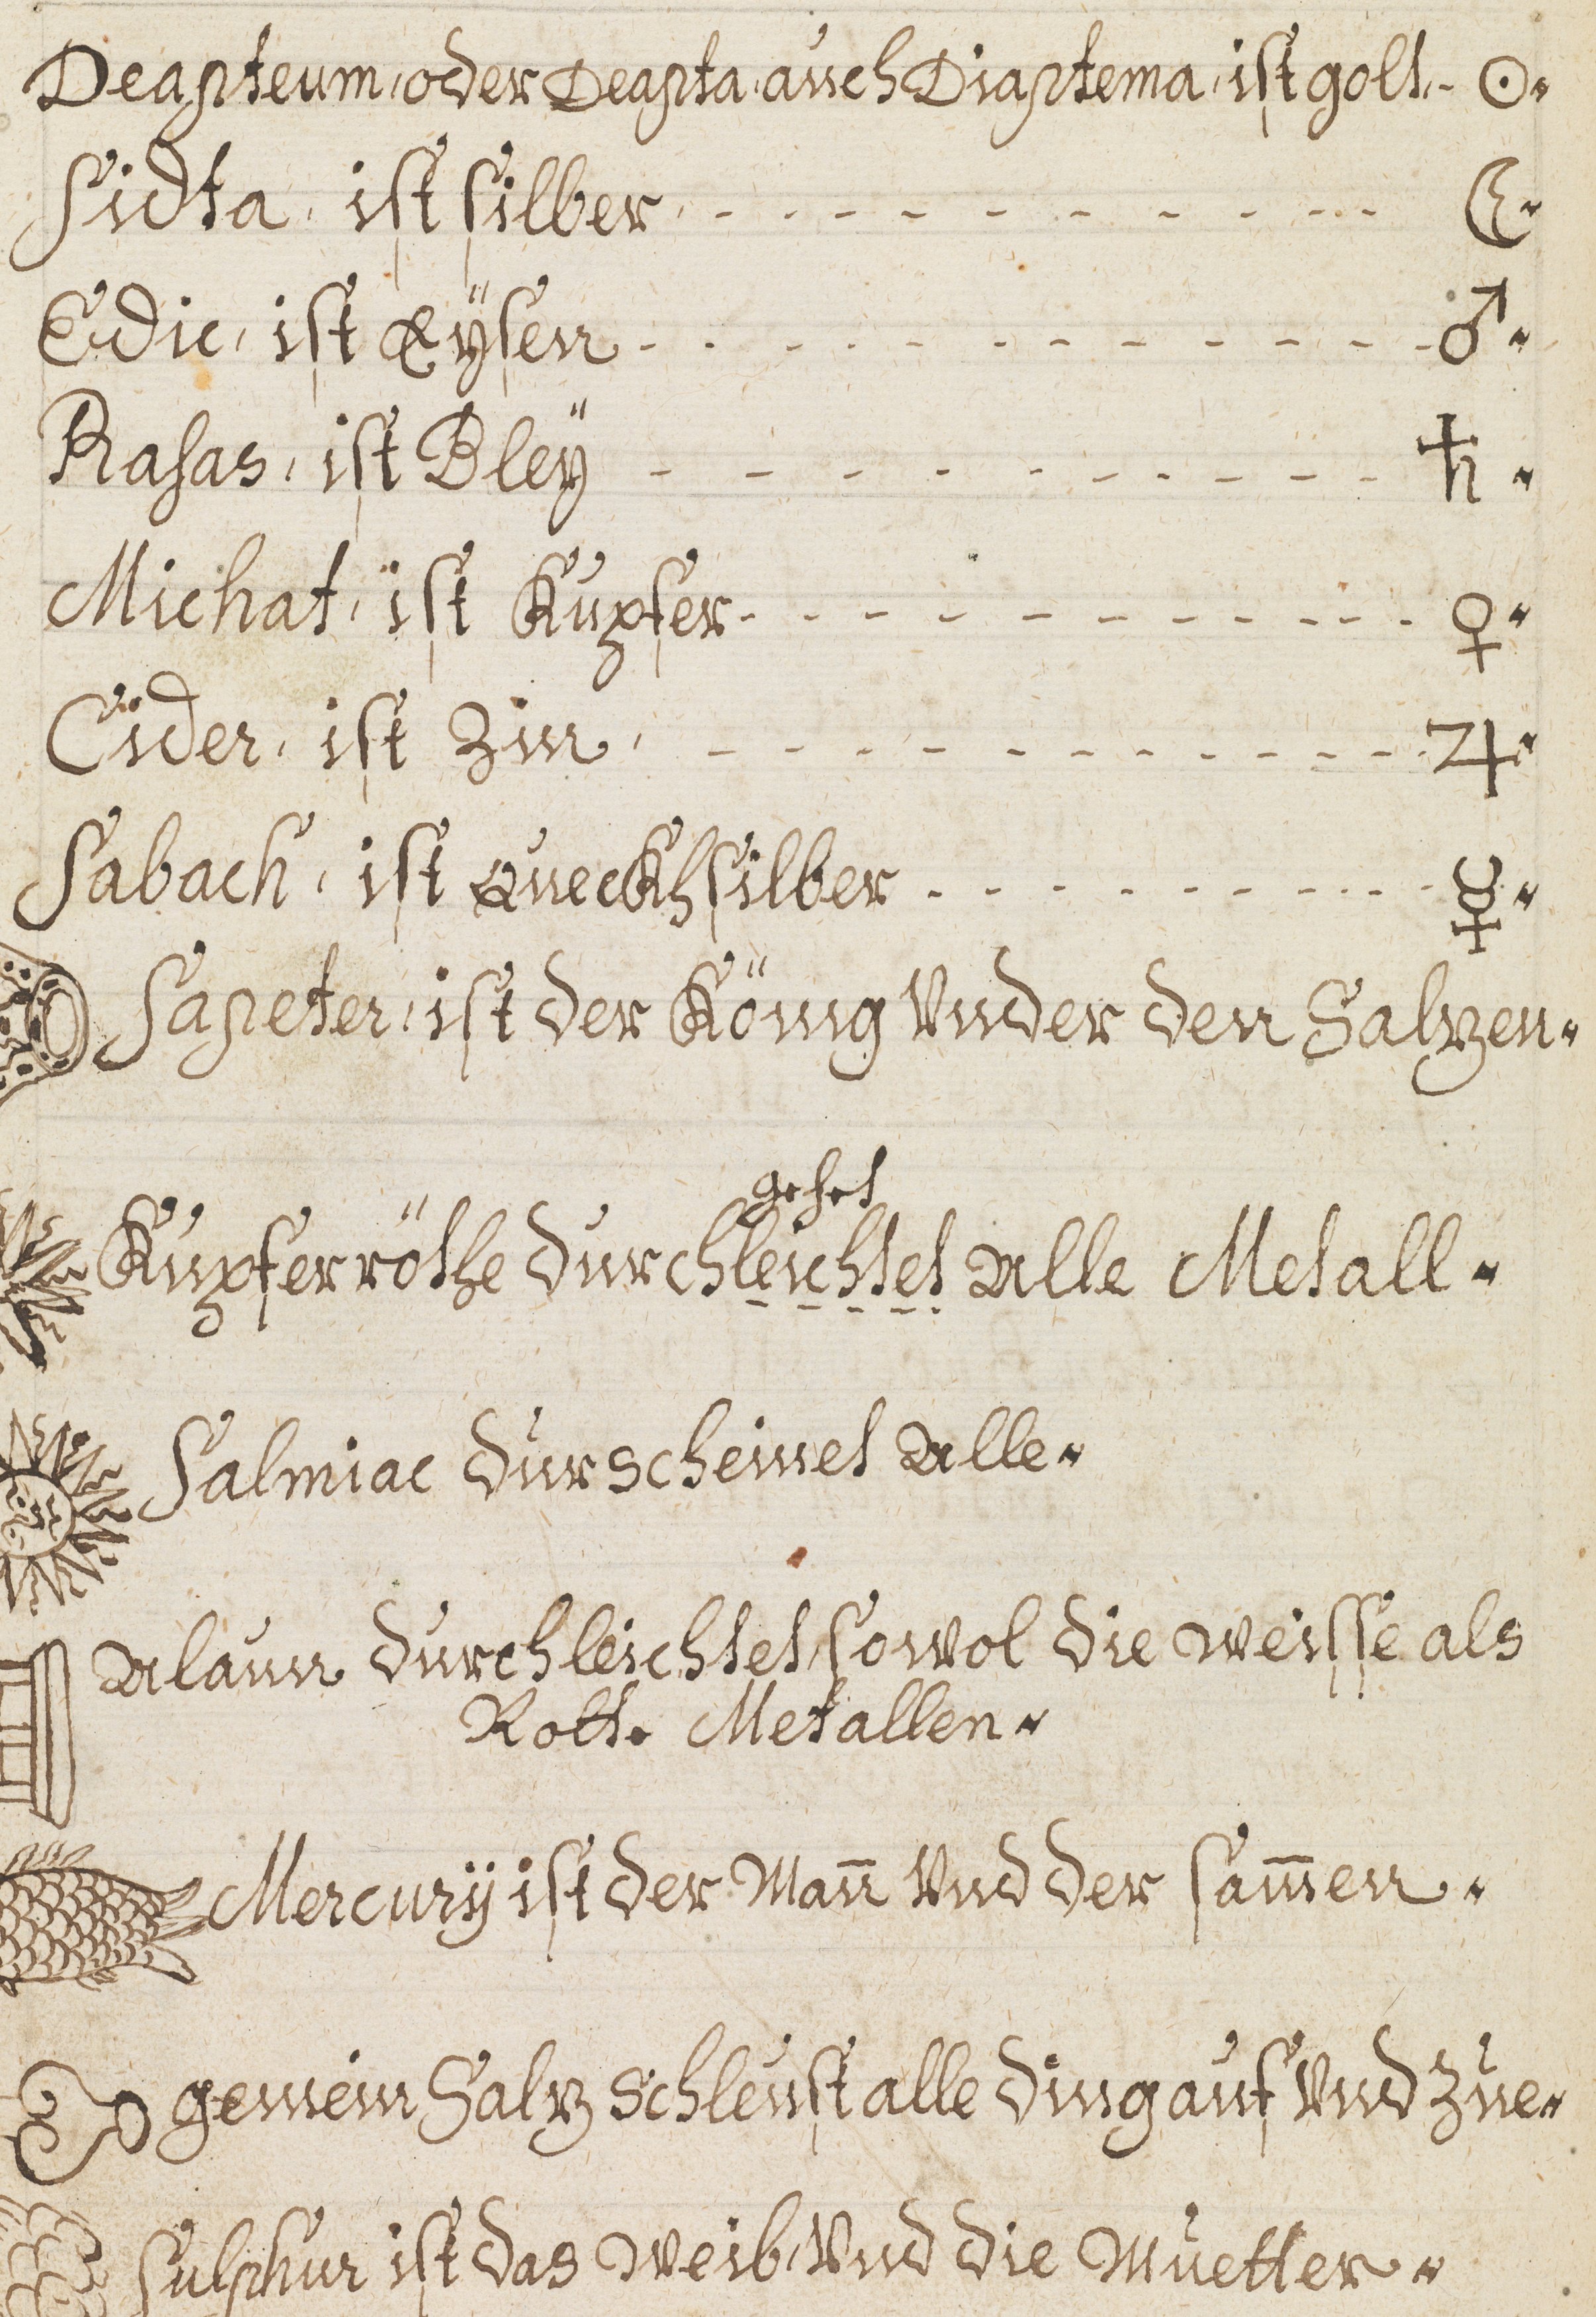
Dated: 1598–1699